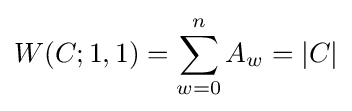
W(C;1,1)=\sum _{w=0}^{n}A_{w}=|C|